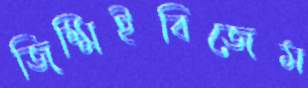
জিম্মিইবিজেম